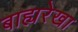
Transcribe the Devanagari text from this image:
बाह्यरेखा